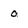
Character: 0